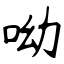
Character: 呦